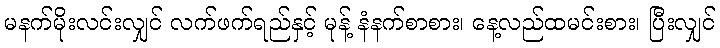
မနက်မိုးလင်းလျှင် လက်ဖက်ရည်နှင့် မုန့် နံနက်စာစား၊ နေ့လည်ထမင်းစား၊ ပြီးလျှင်